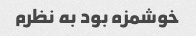
خوشمزه بود به نظرم